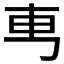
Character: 𠃫